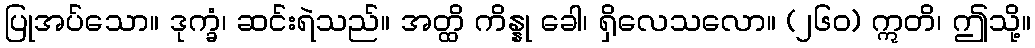
ပြုအပ်သော။ ဒုက္ခံ၊ ဆင်းရဲသည်။ အတ္ထိ ကိန္နု ခေါ၊ ရှိလေသလော။ (၂၆၀) ဣတိ၊ ဤသို့။